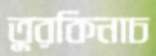
তুরকিনাচ